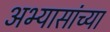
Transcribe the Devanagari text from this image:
अभ्यासांच्या